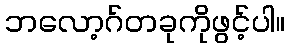
ဘလော့ဂ်တခုကိုဖွင့်ပါ။